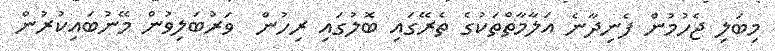
މިބަލި ޖެހުމުން ފެނިދާނެ އަލާމާތްތަކުގެ ތެރޭގައި ބޮލުގައި ރިހުން  ވަރުބަލިވުން މޭނުބައިކުރުން